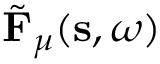
\tilde { \mathbf { F } } _ { \mu } ( \mathbf { s } , \omega )